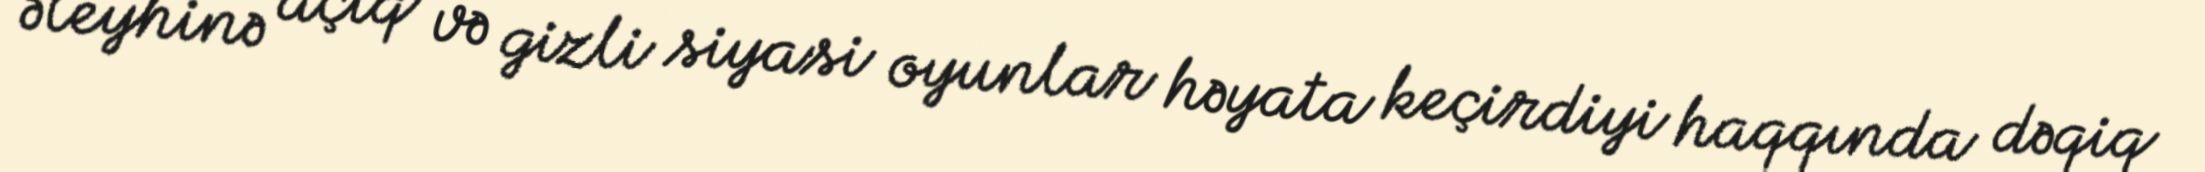
əleyhinə açıq və gizli siyasi oyunlar həyata keçirdiyi haqqında dəqiq